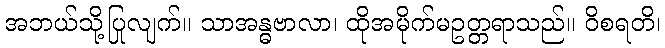
အဘယ်သို့ပြုလျက်။ သာအန္ဓဗာလာ၊ ထိုအမိုက်မဥတ္တရာသည်။ ဝိစရတိ၊